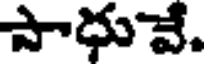
పాధువే.